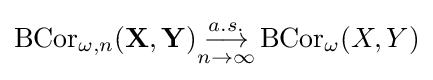
\operatorname {BCor} _{\omega ,n}(\mathbf {X} ,\mathbf {Y} ){\underset {n\rightarrow \infty }{\stackrel {a.s.}{\longrightarrow }}}\operatorname {BCor} _{\omega }(X,Y)